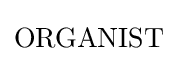
{\textrm {ORGANIST}}